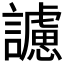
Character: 𧭜